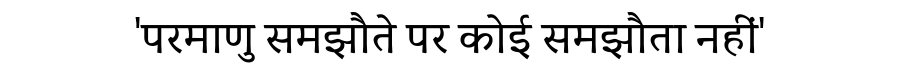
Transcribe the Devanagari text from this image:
'परमाणु समझौते पर कोई समझौता नहीं'